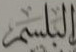
البلسم